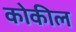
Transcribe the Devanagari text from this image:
कोकील